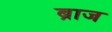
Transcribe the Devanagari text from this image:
ब्राज